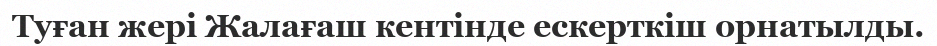
Туған жері Жалағаш кентінде ескерткіш орнатылды.